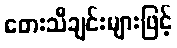
တေးသီချင်းများဖြင့်